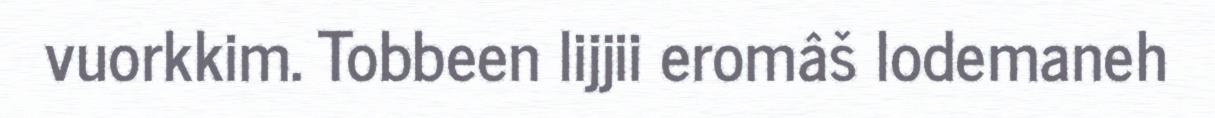
vuorkkim. Tobbeen lijjii eromâš lodemaneh